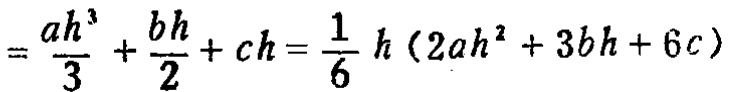
$=\frac{ah^{3}}{3}+\frac{bh}{2}+ch=\frac{1}{6}h(2ah^{2}+3bh + 6c)$